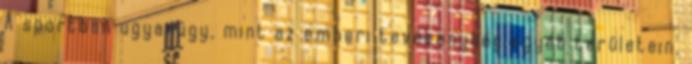
A sportban ugyanúgy, mint az emberi tevékenység egyéb területein,